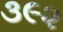
૩૯૨